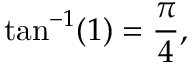
\tan ^ { - 1 } ( 1 ) = { \frac { \pi } { 4 } } ,